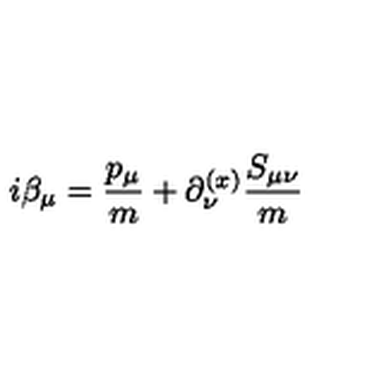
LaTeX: i \beta _ { \mu } = { \frac { p _ { \mu } } { m } } + \partial _ { \nu } ^ { ( x ) } { { \frac { S _ { \mu \nu } } { m } } }